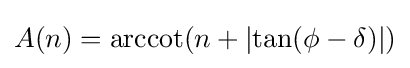
A(n)=\operatorname {arccot} (n+\left|\tan(\phi -\delta )\right|)